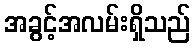
အခွင့်အလမ်းရှိသည်